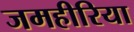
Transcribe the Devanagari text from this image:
जमहीरिया